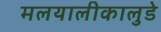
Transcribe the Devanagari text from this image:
मलयालीकालुडे